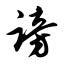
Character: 谤